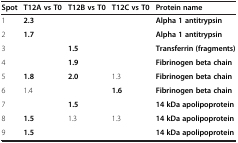
<table><thead><tr><td><b>Spot</b></td><td><b>T12A vs T0</b></td><td><b>T12B vs T0</b></td><td><b>T12C vs T0</b></td><td><b>Protein name</b></td></tr></thead><tbody><tr><td>1</td><td><b>2.3</b></td><td></td><td></td><td><b>Alpha 1 antitrypsin</b></td></tr><tr><td>2</td><td><b>1.7</b></td><td></td><td></td><td><b>Alpha 1 antitrypsin</b></td></tr><tr><td>3</td><td></td><td><b>1.5</b></td><td></td><td><b>Transferrin (fragments)</b></td></tr><tr><td>4</td><td></td><td><b>1.9</b></td><td></td><td><b>Fibrinogen beta chain</b></td></tr><tr><td>5</td><td><b>1.8</b></td><td><b>2.0</b></td><td>1.3</td><td><b>Fibrinogen beta chain</b></td></tr><tr><td>6</td><td>1.4</td><td></td><td><b>1.6</b></td><td><b>Fibrinogen beta chain</b></td></tr><tr><td>7</td><td></td><td><b>1.5</b></td><td></td><td><b>14 kDa apolipoprotein</b></td></tr><tr><td>8</td><td><b>1.5</b></td><td>1.3</td><td>1.3</td><td><b>14 kDa apolipoprotein</b></td></tr><tr><td>9</td><td><b>1.5</b></td><td></td><td></td><td><b>14 kDa apolipoprotein</b></td></tr></tbody></table>